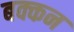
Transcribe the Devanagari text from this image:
बक्कन